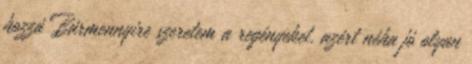
hozzá Bármennyire szeretem a regényeket, azért néha jó olyan